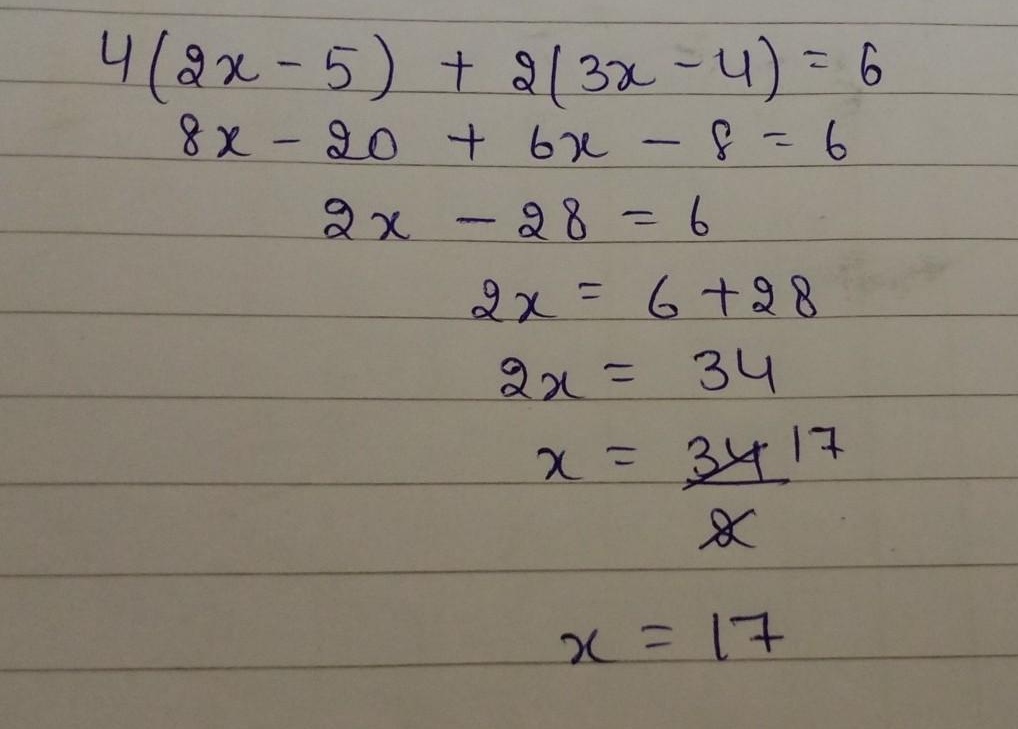
（原答案中“\(2x - 28 = 6\)”这一步合并同类项计算错误，应该是“\(14x - 28 = 6\)” ）
\[\begin{align*}
4(2x - 5)+2(3x - 4)&=6\\
8x - 20+6x - 8&=6\\
14x - 28&=6\\
14x&=6 + 28\\
14x&=34\\
x&=\frac{34}{14}\\
x&=\frac{17}{7}
\end{align*}\]